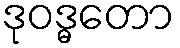
ဒုဝဒ္ဓတော